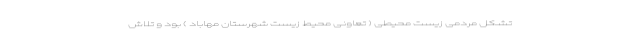
تشکل مردمی زیست محیطی ( تعاونی محیط زیست شهرستان مهاباد ) بود و تلاش